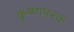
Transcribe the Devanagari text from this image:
कृष्णपरक